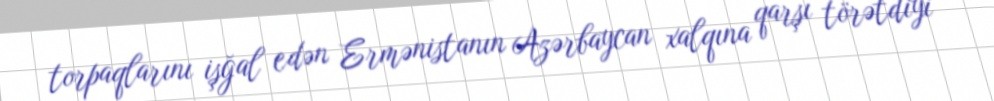
torpaqlarını işğal edən Ermənistanın Azərbaycan xalqına qarşı törətdiyi